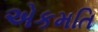
એકમતિ